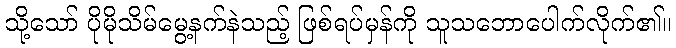
သို့သော် ပိုမိုသိမ်မွေ့နက်နဲသည့် ဖြစ်ရပ်မှန်ကို သူသဘောပေါက်လိုက်၏။